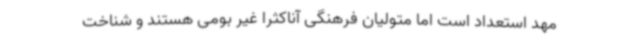
مهد استعداد است اما متولیان فرهنگی آناکثرا غیر بومی هستند و شناخت